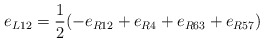
\begin{align*}e_{L12} = \frac{1}{2}(-e_{R12} + e_{R4} + e_{R63} + e_{R57})\end{align*}